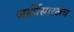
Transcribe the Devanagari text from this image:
जर्कीसारखेच